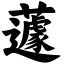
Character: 蘧